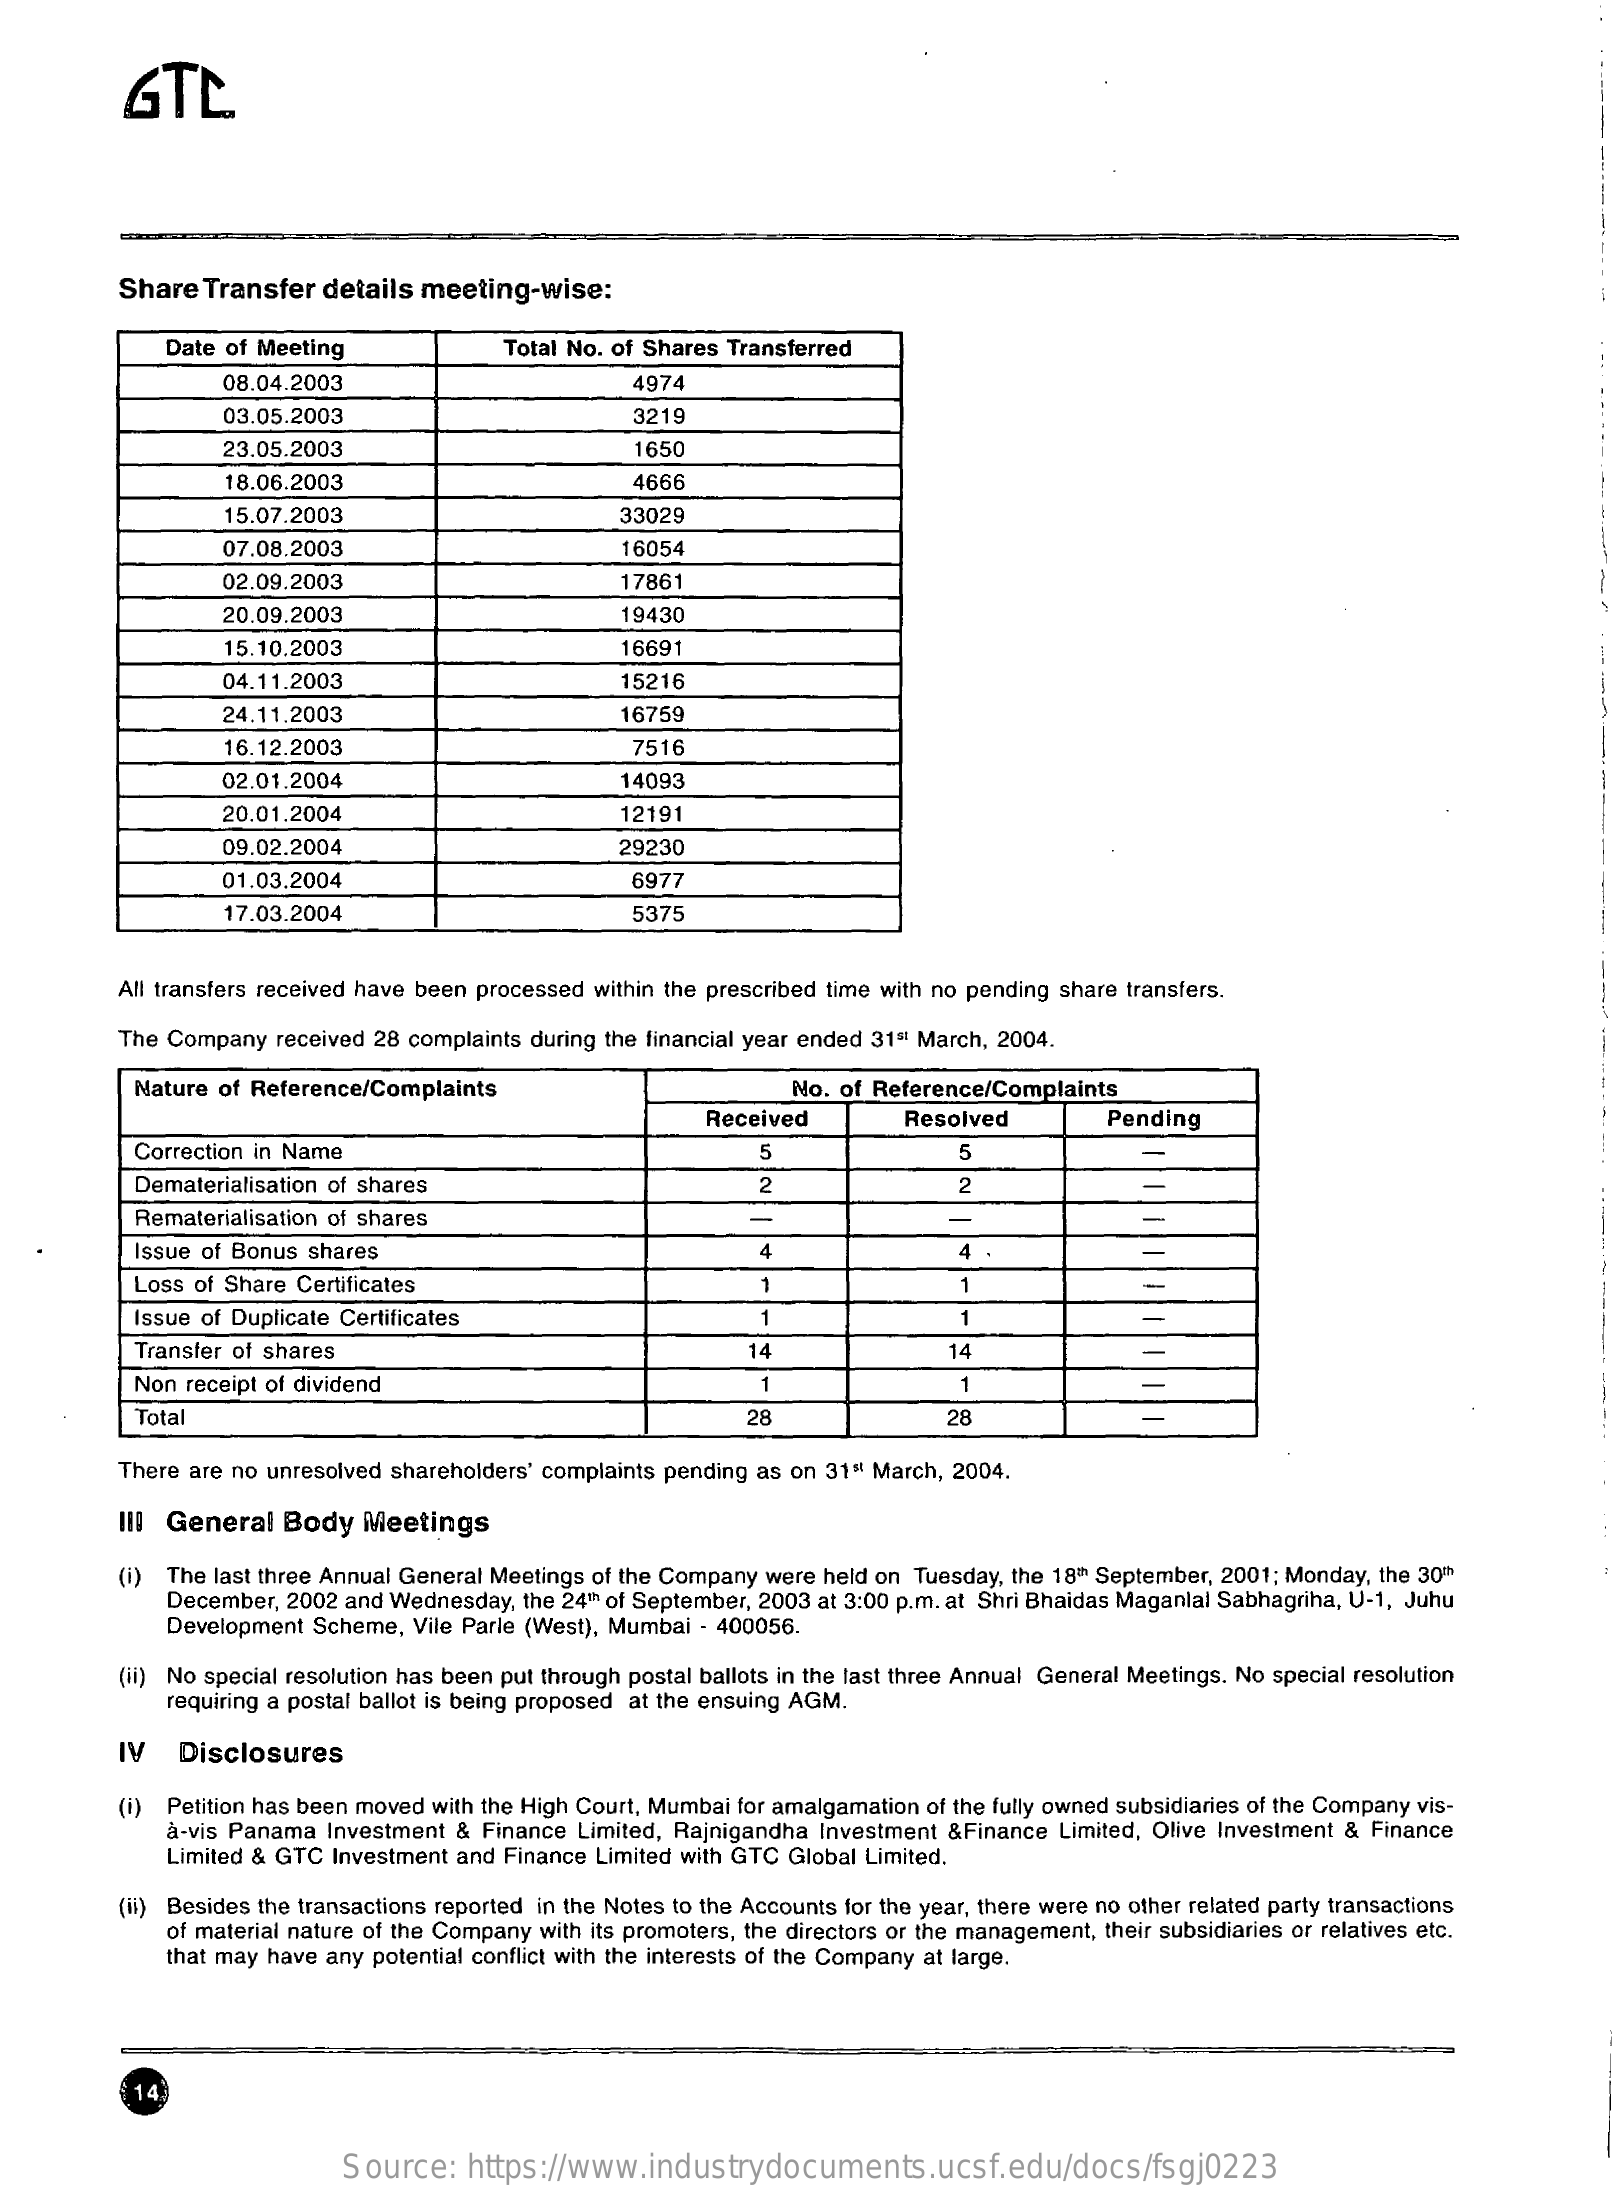
GTL
     Share Transfer  details meeting-wise:
     Date of Meeting    Total No. of Shares Transferred
     08.04.2003    4974
     03.05.2003    3219
     23.05.2003    1650
     18.06.2003    4666
     15.07.2003    33029
     07.08.2003    16054
     02.09.2003    17861
     20.09.2003    19430
     15.10.2003    16691
     04.11.2003    15216
     24.11.2003    16759
     16.12.2003    7516
     02.01.2004    14093
     20.01.2004    12191
     09.02.2004    29230
     01.03.2004    6971
     17.03.2004    5375
     All transfers received have been processed within the prescribed time with no pending share transfers.
     The Company received 28 complaints during the financial year ended 31" March, 2004.
     Nature of Reference/Complaints    No. of Reference/Complaints
     Received    Resolved    Pending
     Correction in Name    5
     Dematerialisation of shares    2    2
     Rematerialisation of shares    -
     Issue of Bonus shares    4    4
     Loss of Share Certificates    1    1
     Issue of Duplicate Certificates    1    1
     Transfer of shares    14    14
     Non receipt of dividend    1    1
     Total    28    28
     There are no unresolved shareholders' complaints pending as on 31" March, 2004.
     III General  Body  Meetings
     (i) The last three Annual General Meetings of the Company were held on Tuesday, the 18th September, 2001; Monday, the 30h
     December, 2002 and Wednesday, the 24th of September, 2003 at 3:00 p.m. at Shri Bhaidas Maganlal Sabhagriha, U-1, Juhu
     Development Scheme, Vile Parle (West), Mumbai - 400056.
     (ii) No special resolution has been put through postal ballots in the last three Annual General Meetings. No special resolution
     requiring a postal ballot is being proposed at the ensuing AGM.
     IV  Disclosures
     (i) Petition has been moved with the High Court, Mumbai for amalgamation of the fully owned subsidiaries of the Company vis-
     à-vis Panama Investment & Finance Limited, Rajnigandha Investment &Finance Limited, Olive Investment & Finance
     Limited & GTC Investment and Finance Limited with GTC Global Limited.
     (ii) Besides the transactions reported in the Notes to the Accounts for the year, there were no other related party transactions
     of material nature of the Company with its promoters, the directors or the management, their subsidiaries or relatives etc.
     that may have any potential conflict with the interests of the Company at large.
     14
     Source:   https://www.industrydocuments.ucsf.edu/docs/fsgj0223